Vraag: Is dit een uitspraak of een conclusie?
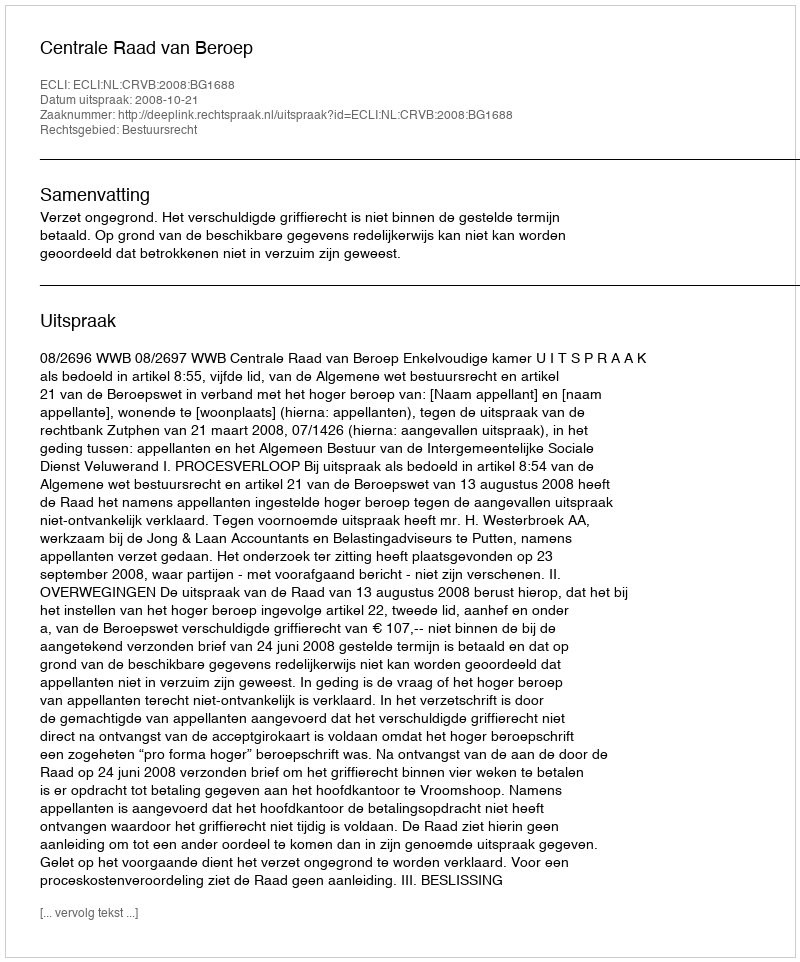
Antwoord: Uitspraak